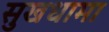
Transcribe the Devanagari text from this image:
सुखधामा